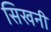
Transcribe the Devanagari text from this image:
सिखनी